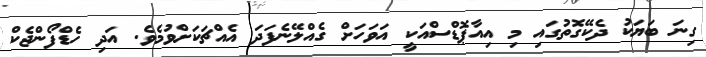
ގިނަ ބަޔަކު ދެކޭގޮތުގައި މި އިއާޕޮޑްސްއަކީ އަވަހަށް ގެއްލޭނެފަދަ އެއްޗަކަށްވުމެވެ. އަދި ހެޑްފޯންޖެކް